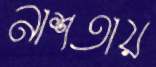
নাশতায়